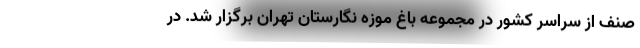
صنف از سراسر کشور در مجموعه باغ موزه نگارستان تهران برگزار شد. در